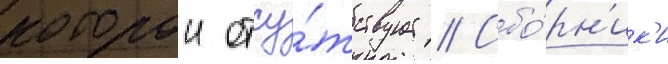
которои отсу́тствует // Сбо́рн'ик'и